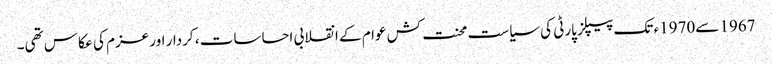
1967 سے1970ء تک پیپلز پارٹی کی سیاست محنت کش عوام کے انقلابی احساسات ، کردار اور عزم کی عکاس تھی۔